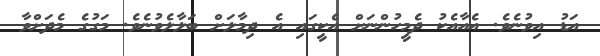
އަޑު އިވުނެވެ. އެއާއެކު ދެމީހުންނަށް އެކީގައި އެ ދިމާލަށް ބަލާލެވުނެވެ. މަގުގެ މެދަށްވާ